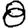
Digit: 8